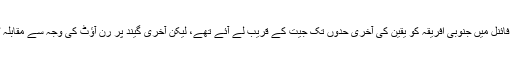
وہ کلوزنر، جو 99ء کے ورلڈ کپ سیمی فائنل میں جنوبی افریقہ کو یقین کی آخری حدوں تک جیت کے قریب لے آئے تھے، لیکن آخری گیند پر رن آؤٹ کی وجہ سے مقابلہ ٹائی ہوگیا اور آسٹریلیا فائنل میں پہنچ گیا۔